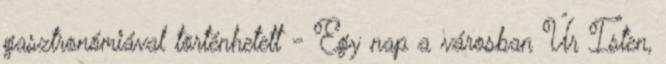
gasztronómiával történhetett - Egy nap a városban Úr Isten,